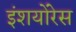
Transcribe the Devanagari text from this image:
इंशयोंरेस